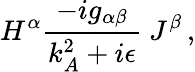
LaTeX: H^{\alpha}{\frac{-ig_{\alpha\beta}}{k_{A}^{2}+i\epsilon}}\ J^{\beta}\, ,